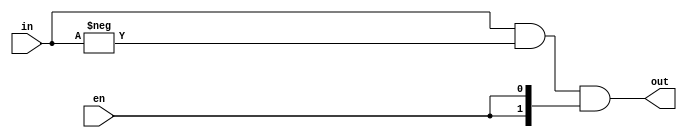
module isolate_rightmost #
    (
        parameter WIDTH = 2
    )
    (
        input en,
        input [WIDTH-1:0] in,
        output [WIDTH-1:0] out
    );
    // Isolate the rightmost bit
    // http://fpgacpu.ca/fpga/Bitmask_Isolate_Rightmost_1_Bit.html
    assign out = in & -in & {WIDTH{en}};
endmodule